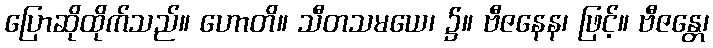
ပြောဆိုထိုက်သည်။ ဟောတိ။ သီတသမယေ၊ ၌။ ဗီဇနေန၊ ဖြင့်။ ဗီဇန္တေ၊